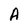
Character: A